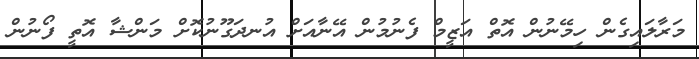
މަރާލައިގެން ހިމޭނުން އޮތް އަޒީމް ފެނުުމުން އޭނާއަށް އުނދަގޫނުކޮށް މަންޝާ އޮތީ ފޯނުން